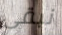
نبقى